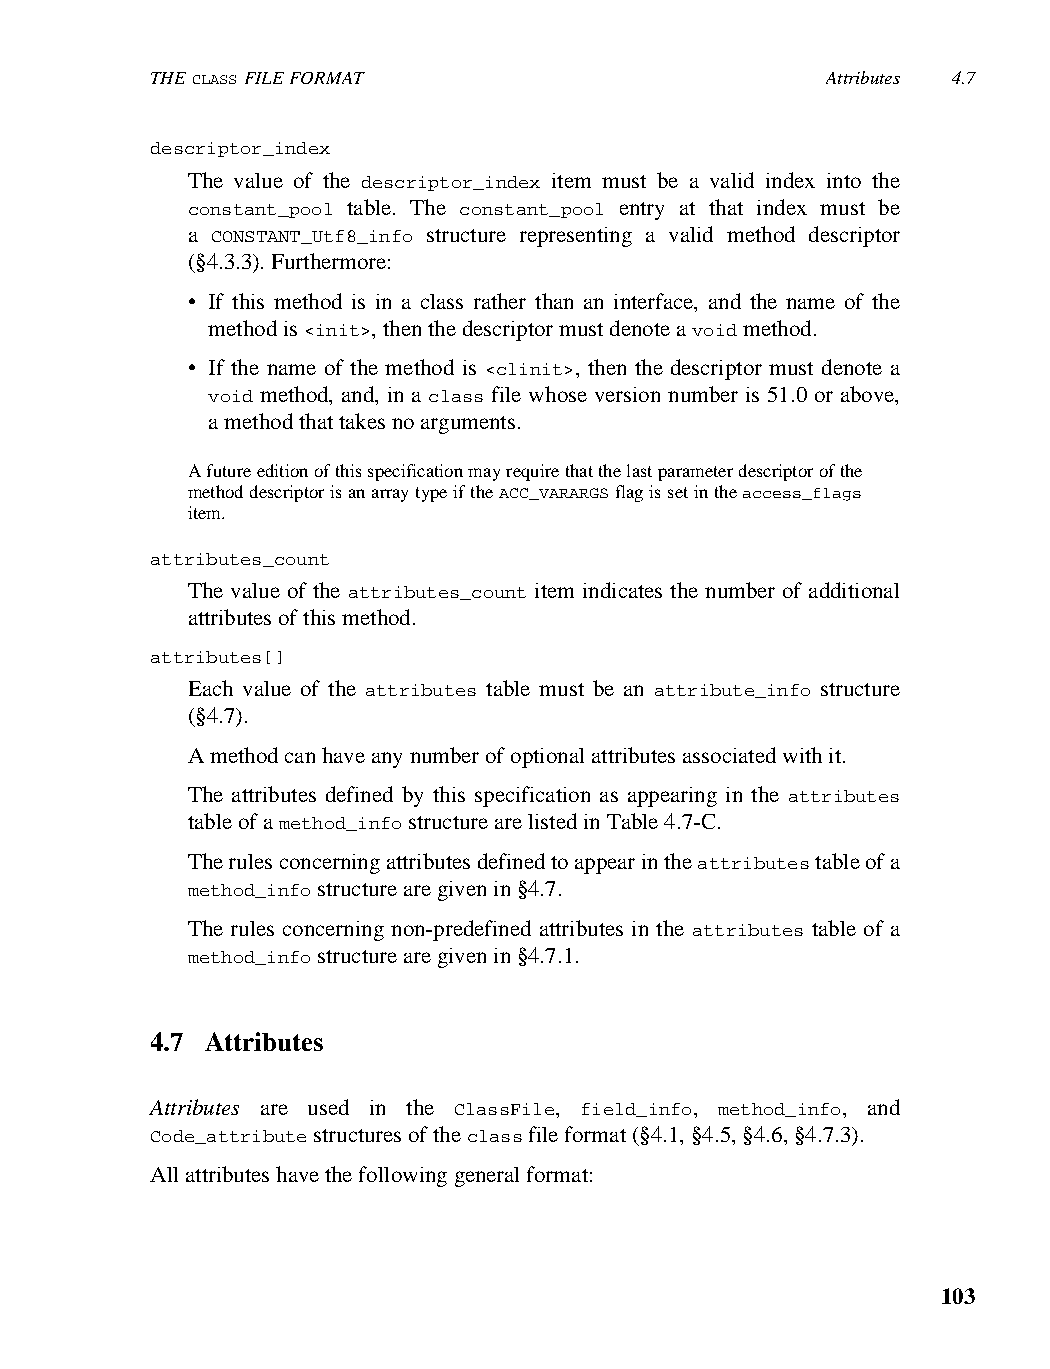
THE CLASS FILE FORMAT                        Attributes 4.7
 descriptor_index
 The value of the descriptor_index item must be a valid index into the
 constant_pool table. The constant_pool entry at that index must be
 a CONSTANT_Utf8_info structure representing a valid method descriptor
 (§4.3.3). Furthermore:
 • If this method is in a class rather than an interface, and the name of the
 method is <init>, then the descriptor must denote a void method.
 • If the name of the method is <clinit>, then the descriptor must denote a
 void method, and, in a class file whose version number is 51.0 or above,
 a method that takes no arguments.
 A future edition of this specification may require that the last parameter descriptor of the
 method descriptor is an array type if the ACC_VARARGS flag is set in the access_flags
 item.
 attributes_count
 The value of the attributes_count item indicates the number of additional
 attributes of this method.
 attributes[]
 Each value of the attributes table must be an attribute_info structure
 (§4.7).
 A method can have any number of optional attributes associated with it.
 The attributes defined by this specification as appearing in the attributes
 table of a method_info structure are listed in Table 4.7-C.
 The rules concerning attributes defined to appear in the attributes table of a
 method_info structure are given in §4.7.
 The rules concerning non-predefined attributes in the attributes table of a
 method_info structure are given in §4.7.1.
 4.7 Attributes
 Attributes are used in the ClassFile, field_info, method_info, and
 Code_attribute structures of the class file format (§4.1, §4.5, §4.6, §4.7.3).
 All attributes have the following general format:
 103